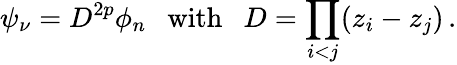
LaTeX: \psi_{\nu}=D^{2p}\phi_{n}\ \ \ \mathrm{with}\ \ \ D=\prod_{i<j}(z_{i}-z_{j})\, .